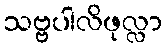
သဗ္ဗပါလိဖုလ္လာ